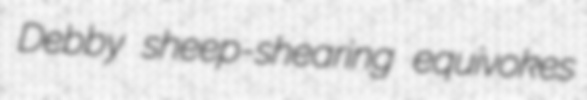
Debby sheep-shearing equivokes